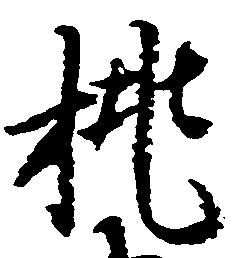
挑